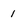
Character: i